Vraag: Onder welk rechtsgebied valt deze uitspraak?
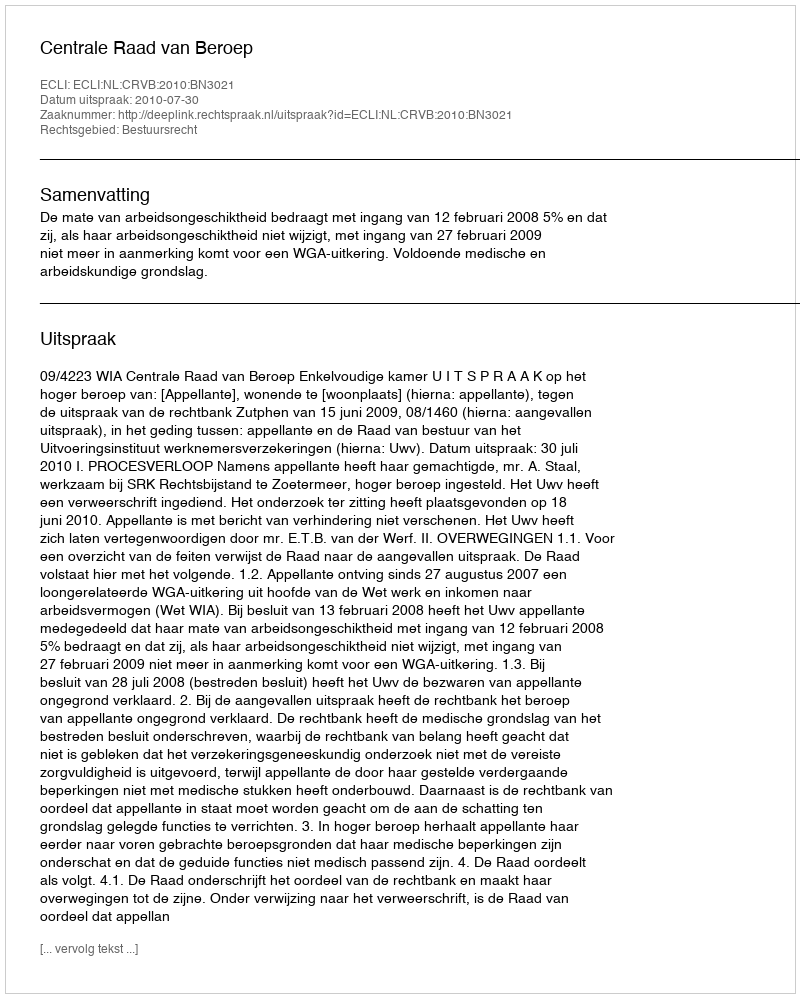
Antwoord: Bestuursrecht